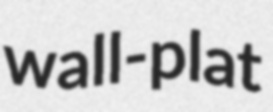
wall-plat